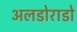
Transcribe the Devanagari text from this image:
अलडोराडो